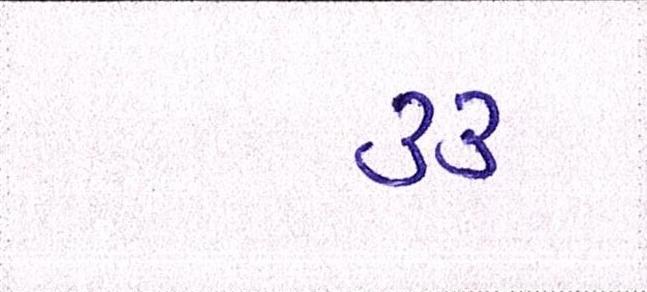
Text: ૩૩